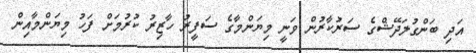
އަދި ބަންގުލަދޭޝްގެ ސަރުކާރުން ވަނީ މިޔަންމާގެ ސަފީރު ހާޒިރު ކުރުމަށް ފަހު މިޔަންމާއިން